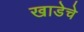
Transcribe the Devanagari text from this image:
खाडेचे